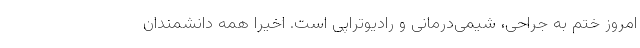
امروز ختم به جراحی، شیمی‌درمانی و رادیوتراپی است. اخیرا همه‌ دانشمندان